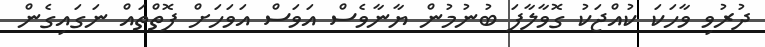
ދުރުވި ވާހަކަ ކުއްޖަކު ގޮވާލާފަ ބުނުމުން ޔާނާވެސް އަވަސް އަވަހަށް ފޮތްތައް ނަގައިގެން